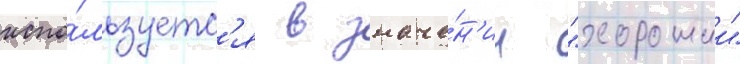
испо́льзуетс'я в значе́н'ии "хорошии"